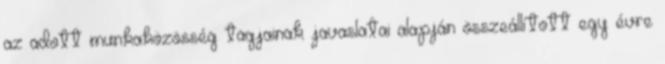
az adott munkaközösség tagjainak javaslatai alapján összeállított egy évre